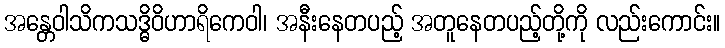
အန္တေဝါသိကသဒ္ဓိဝိဟာရိကေဝါ၊ အနီးနေတပည့် အတူနေတပည့်တို့ကို လည်းကောင်း။